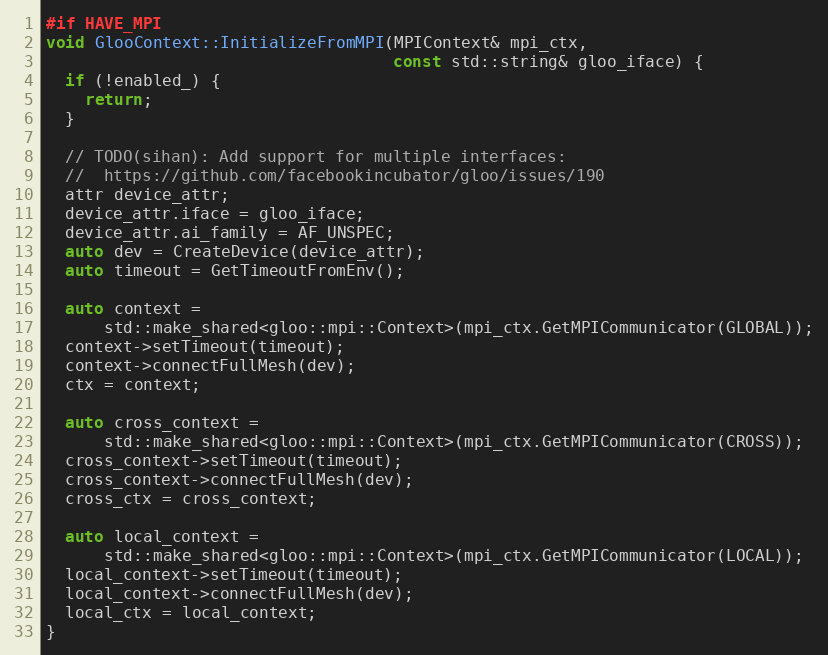
Language: C++
#if HAVE_MPI
void GlooContext::InitializeFromMPI(MPIContext& mpi_ctx,
                                    const std::string& gloo_iface) {
  if (!enabled_) {
    return;
  }

  // TODO(sihan): Add support for multiple interfaces:
  //  https://github.com/facebookincubator/gloo/issues/190
  attr device_attr;
  device_attr.iface = gloo_iface;
  device_attr.ai_family = AF_UNSPEC;
  auto dev = CreateDevice(device_attr);
  auto timeout = GetTimeoutFromEnv();

  auto context =
      std::make_shared<gloo::mpi::Context>(mpi_ctx.GetMPICommunicator(GLOBAL));
  context->setTimeout(timeout);
  context->connectFullMesh(dev);
  ctx = context;

  auto cross_context =
      std::make_shared<gloo::mpi::Context>(mpi_ctx.GetMPICommunicator(CROSS));
  cross_context->setTimeout(timeout);
  cross_context->connectFullMesh(dev);
  cross_ctx = cross_context;

  auto local_context =
      std::make_shared<gloo::mpi::Context>(mpi_ctx.GetMPICommunicator(LOCAL));
  local_context->setTimeout(timeout);
  local_context->connectFullMesh(dev);
  local_ctx = local_context;
}